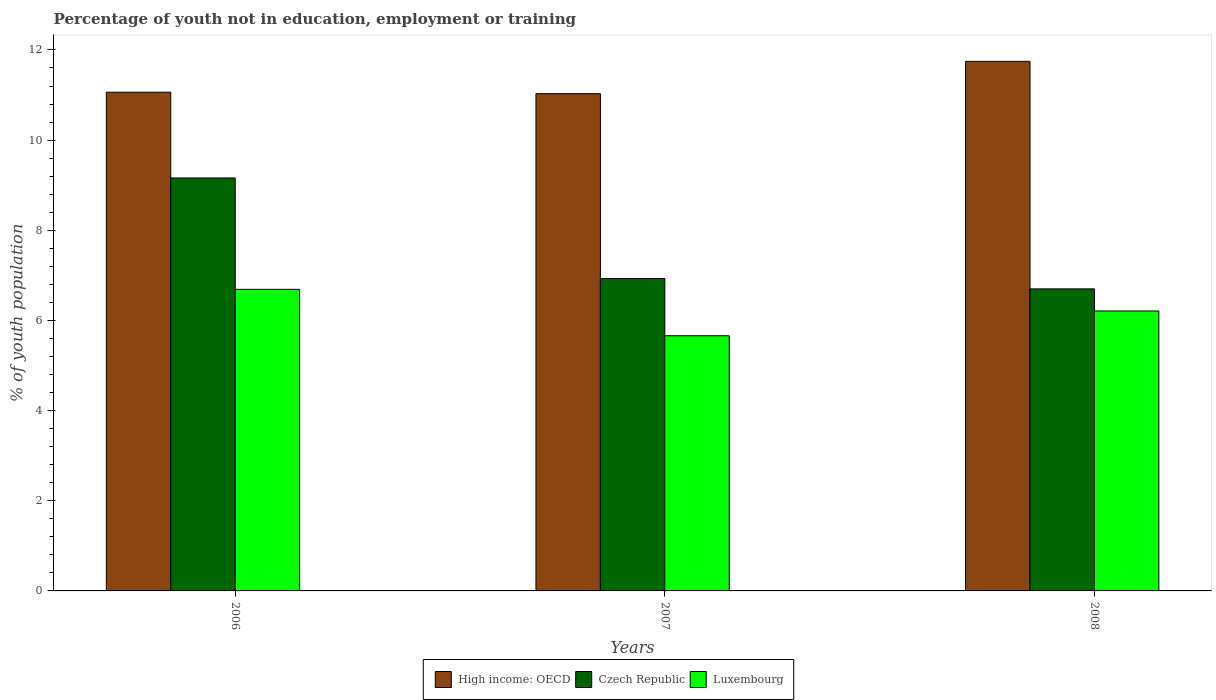
| Years | High income: OECD | Czech Republic | Luxembourg |
 | --- | --- | --- | --- |
 | 2006 | 11.1 | 9.16 | 6.69 |
 | 2007 | 11 | 6.93 | 5.66 |
 | 2008 | 11.7 | 6.7 | 6.21 |